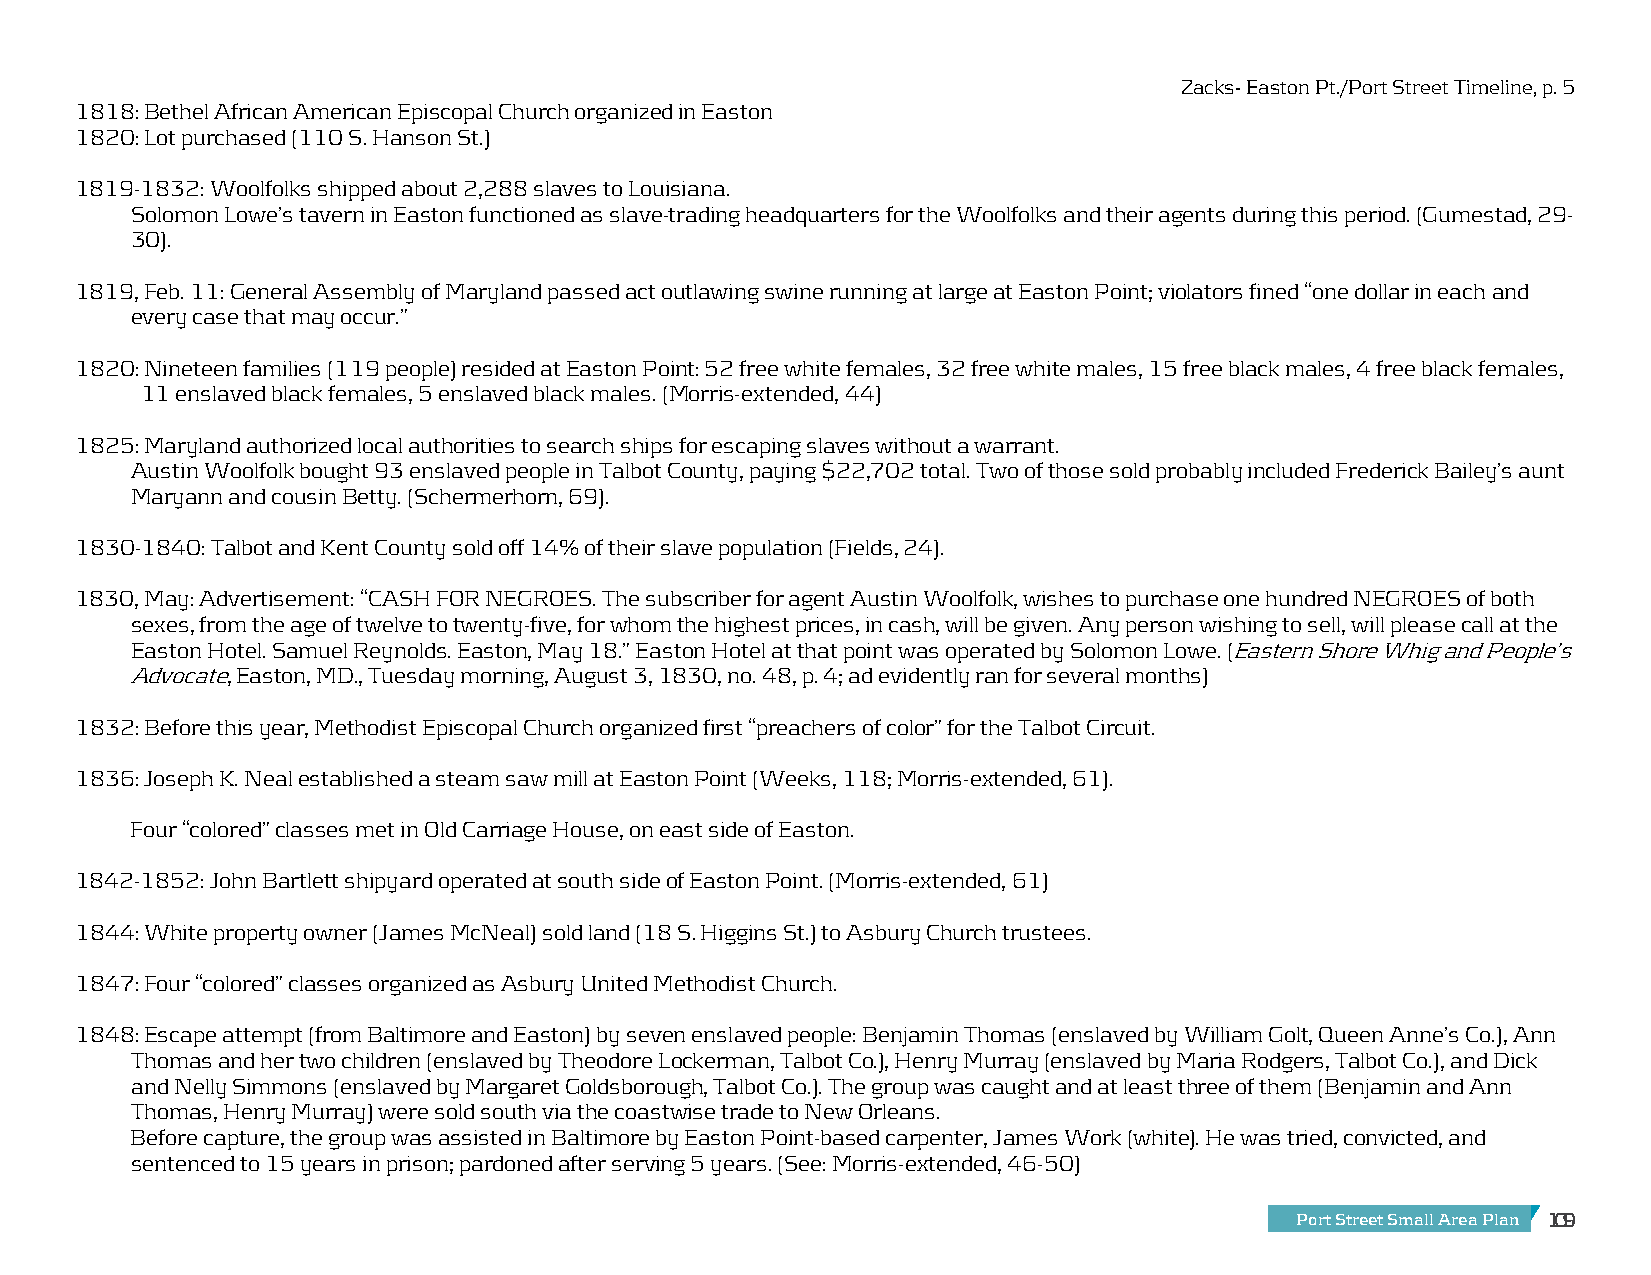
Zacks- Easton Pt./Port Street Timeline, p. 5
 1818: Bethel African American Episcopal Church organized in Easton
 1820: Lot purchased (110 S. Hanson St.)
 1819-1832: Woolfolks shipped about 2,288 slaves to Louisiana.
 Solomon Lowe’s tavern in Easton functioned as slave-trading headquarters for the Woolfolks and their agents during this period. (Gumestad, 29-
 30).
 1819, Feb. 11: General Assembly of Maryland passed act outlawing swine running at large at Easton Point; violators fined “one dollar in each and
 every case that may occur.”
 1820: Nineteen families (119 people) resided at Easton Point: 52 free white females, 32 free white males, 15 free black males, 4 free black females,
 11 enslaved black females, 5 enslaved black males. (Morris-extended, 44)
 1825: Maryland authorized local authorities to search ships for escaping slaves without a warrant.
 Austin Woolfolk bought 93 enslaved people in Talbot County, paying $22,702 total. Two of those sold probably included Frederick Bailey’s aunt
 Maryann and cousin Betty. (Schermerhorn, 69).
 1830-1840: Talbot and Kent County sold off 14% of their slave population (Fields, 24).
 1830, May: Advertisement: “CASH FOR NEGROES. The subscriber for agent Austin Woolfolk, wishes to purchase one hundred NEGROES of both
 sexes, from the age of twelve to twenty-five, for whom the highest prices, in cash, will be given. Any person wishing to sell, will please call at the
 Easton Hotel. Samuel Reynolds. Easton, May 18.” Easton Hotel at that point was operated by Solomon Lowe. (Eastern Shore Whig and People’s
 Advocate, Easton, MD., Tuesday morning, August 3, 1830, no. 48, p. 4; ad evidently ran for several months)
 1832: Before this year, Methodist Episcopal Church organized first “preachers of color” for the Talbot Circuit.
 1836: Joseph K. Neal established a steam saw mill at Easton Point (Weeks, 118; Morris-extended, 61).
 Four “colored” classes met in Old Carriage House, on east side of Easton.
 1842-1852: John Bartlett shipyard operated at south side of Easton Point. (Morris-extended, 61)
 1844: White property owner (James McNeal) sold land (18 S. Higgins St.) to Asbury Church trustees.
 1847: Four “colored” classes organized as Asbury United Methodist Church.
 1848: Escape attempt (from Baltimore and Easton) by seven enslaved people: Benjamin Thomas (enslaved by William Golt, Queen Anne’s Co.), Ann
 Thomas and her two children (enslaved by Theodore Lockerman, Talbot Co.), Henry Murray (enslaved by Maria Rodgers, Talbot Co.), and Dick
 and Nelly Simmons (enslaved by Margaret Goldsborough, Talbot Co.). The group was caught and at least three of them (Benjamin and Ann
 Thomas, Henry Murray) were sold south via the coastwise trade to New Orleans.
 Before capture, the group was assisted in Baltimore by Easton Point-based carpenter, James Work (white). He was tried, convicted, and
 sentenced to 15 years in prison; pardoned after serving 5 years. (See: Morris-extended, 46-50)
 Port Street Small Area Plan 109